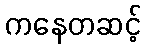
ကနေတဆင့်